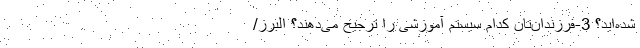
شده‌اید؟ 3-فرزندان‌تان کدام سیستم آموزشی را ترجیح می‌دهند؟ البرز/